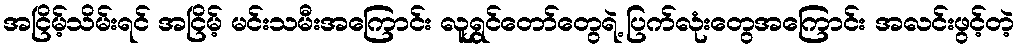
အငြိမ့်သိမ်းရင် အငြိမ့် မင်းသမီးအကြောင်း လူရွှင်တော်တွေရဲ့ ပြက်လုံးတွေအကြောင်း အလင်းဖွင့်တဲ့